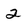
Character: 2